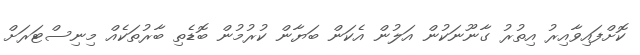
ކޮށްފައިވާއިރު އިތުރު ގާނޫނަކުން އަލުން އެކަން ބަޔާން ކުރުމުން ބޮޑެތި ބާރުތަކެއް މިނިސްޓަރަށް